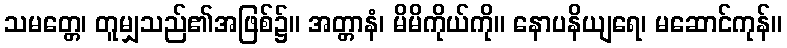
သမတ္တေ၊ တူမျှသည်၏အဖြစ်၌။ အတ္တာနံ၊ မိမိကိုယ်ကို။ နောပနိယျရေ၊ မဆောင်ကုန်။